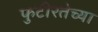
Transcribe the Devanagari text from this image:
फुटीरतेच्या